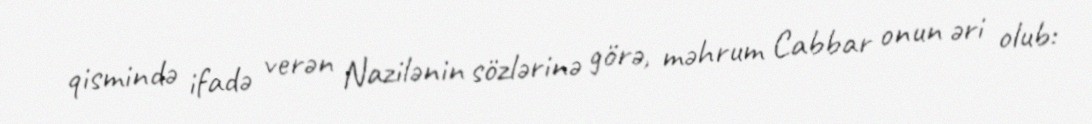
qismində ifadə verən Nazilənin sözlərinə görə, məhrum Cabbar onun əri olub: